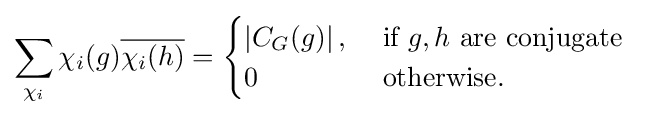
\sum _{\chi _{i}}\chi _{i}(g){\overline {\chi _{i}(h)}}={\begin{cases}\left|C_{G}(g)\right|,&{\mbox{ if }}g,h{\mbox{ are conjugate }}\\0&{\mbox{ otherwise.}}\end{cases}}